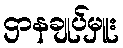
ဌာနချုပ်မှူး